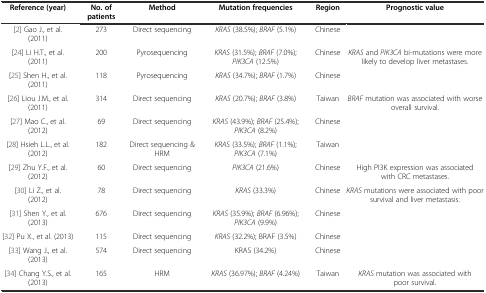
<table><thead><tr><td><b>Reference (year)</b></td><td><b>No. of patients</b></td><td><b>Method</b></td><td><b>Mutation frequencies</b></td><td><b>Region</b></td><td><b>Prognostic value</b></td></tr></thead><tbody><tr><td>[2] Gao J., et al. (2011)</td><td>273</td><td>Direct sequencing</td><td><i>KRAS</i> (38.5%); <i>BRAF</i> (5.1%)</td><td>Chinese</td><td></td></tr><tr><td>[24] Li H.T., et al. (2011)</td><td>200</td><td>Pyrosequencing</td><td><i>KRAS</i> (31.5%); <i>BRAF</i> (7.0%); <i>PIK3CA</i> (12.5%)</td><td>Chinese</td><td><i>KRAS</i> and <i>PIK3CA</i> bi-mutations were more likely to develop liver metastases.</td></tr><tr><td>[25] Shen H., et al. (2011)</td><td>118</td><td>Pyrosequencing</td><td><i>KRAS</i> (34.7%); <i>BRAF</i> (1.7%)</td><td>Chinese</td><td></td></tr><tr><td>[26] Liou J.M., et al. (2011)</td><td>314</td><td>Direct sequencing</td><td><i>KRAS</i> (20.7%); <i>BRAF</i> (3.8%)</td><td>Taiwan</td><td><i>BRAF</i> mutation was associated with worse overall survival.</td></tr><tr><td>[27] Mao C., et al. (2012)</td><td>69</td><td>Direct sequencing</td><td><i>KRAS</i> (43.9%); <i>BRAF</i> (25.4%); <i>PIK3CA</i> (8.2%)</td><td>Chinese</td><td></td></tr><tr><td>[28] Hsieh L.L., et al. (2012)</td><td>182</td><td>Direct sequencing &amp; HRM</td><td><i>KRAS</i> (33.5%); <i>BRAF</i> (1.1%); <i>PIK3CA</i> (7.1%)</td><td>Taiwan</td><td></td></tr><tr><td>[29] Zhu Y.F., et al. (2012)</td><td>60</td><td>Direct sequencing</td><td><i>PIK3CA</i> (21.6%)</td><td>Chinese</td><td>High PI3K expression was associated with CRC metastases.</td></tr><tr><td>[30] Li Z., et al. (2012)</td><td>78</td><td>Direct sequencing</td><td><i>KRAS</i> (33.3%)</td><td>Chinese</td><td><i>KRAS</i> mutations were associated with poor survival and liver metastasis.</td></tr><tr><td>[31] Shen Y., et al. (2013)</td><td>676</td><td>Direct sequencing</td><td><i>KRAS</i> (35.9%); <i>BRAF</i> (6.96%); <i>PIK3CA</i> (9.9%)</td><td>Chinese</td><td></td></tr><tr><td>[32] Pu X., et al. (2013)</td><td>115</td><td>Direct sequencing</td><td><i>KRAS</i> (32.2%); BRAF (3.5%)</td><td>Chinese</td><td></td></tr><tr><td>[33] Wang J., et al. (2013)</td><td>574</td><td>Direct sequencing</td><td>KRAS (34.2%)</td><td>Chinese</td><td></td></tr><tr><td>[34] Chang Y.S., et al. (2013)</td><td>165</td><td>HRM</td><td><i>KRAS</i> (36.97%); <i>BRAF</i> (4.24%)</td><td>Taiwan</td><td><i>KRAS</i> mutation was associated with poor survival.</td></tr></tbody></table>